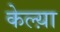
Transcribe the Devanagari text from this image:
केल्य़ा